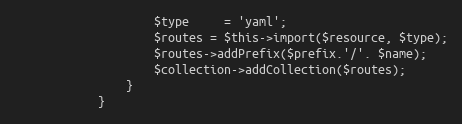
Language: PHP
                    $type     = 'yaml';
                    $routes = $this->import($resource, $type);
                    $routes->addPrefix($prefix.'/'. $name);
                    $collection->addCollection($routes);
                }
            }